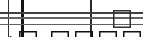
"